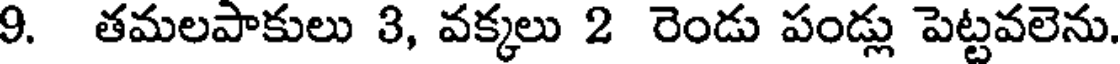
9. తమలపాకులు 3, వక్కలు 2 రెండు పండ్లు పెట్టవలెను.